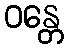
ဝန္တေ